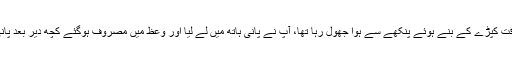
خلیفہ خاوند بخش صاحب پانی لے آئے، میں اس وقت کپڑے کے بنے ہوئے پنکھے سے ہوا جھول رہا تھا، آپ نے پانی ہاتھ میں لے لیا اور وعظ میں مصروف ہوگئے کچھ دیر بعد پانی کو نوش فرماکر پھر وعظ میں مصروف ہوگئے۔